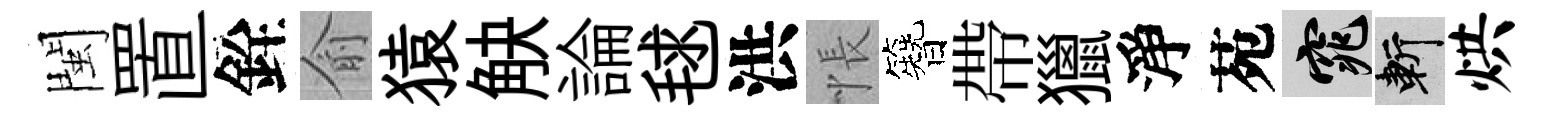
閩置銓俞猿觖論毬洪悵簪帶獵淨苑窕斬烘